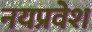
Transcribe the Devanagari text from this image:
नयप्रवेश